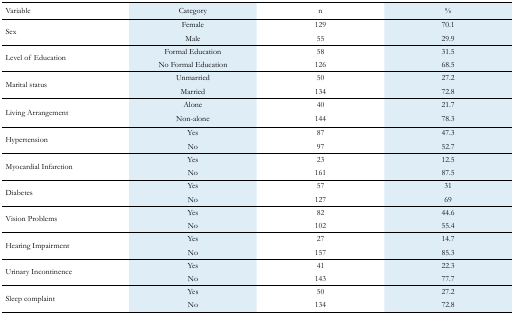
<table><thead><tr><td><b>Variable</b></td><td><b>Category</b></td><td><b>n</b></td><td><b>%</b></td></tr></thead><tbody><tr><td rowspan="2">Sex</td><td>Female</td><td>129</td><td>70.1</td></tr><tr><td>Male</td><td>55</td><td>29.9</td></tr><tr><td rowspan="2">Level of Education</td><td>FormalEducation</td><td>58</td><td>31.5</td></tr><tr><td>No FormalEducation</td><td>126</td><td>68.5</td></tr><tr><td rowspan="2">Marital status</td><td>Unmarried</td><td>50</td><td>27.2</td></tr><tr><td>Married</td><td>134</td><td>72.8</td></tr><tr><td rowspan="2">Living Arrangement</td><td>Alone</td><td>40</td><td>21.7</td></tr><tr><td>Non-alone</td><td>144</td><td>78.3</td></tr><tr><td rowspan="2">Hypertension</td><td>Yes</td><td>87</td><td>47.3</td></tr><tr><td>No</td><td>97</td><td>52.7</td></tr><tr><td rowspan="2">Myocardial Infarction</td><td>Yes</td><td>23</td><td>12.5</td></tr><tr><td>No</td><td>161</td><td>87.5</td></tr><tr><td rowspan="2">Diabetes</td><td>Yes</td><td>57</td><td>31</td></tr><tr><td>No</td><td>127</td><td>69</td></tr><tr><td rowspan="2">Vision Problems</td><td>Yes</td><td>82</td><td>44.6</td></tr><tr><td>No</td><td>102</td><td>55.4</td></tr><tr><td rowspan="2">Hearing Impairment</td><td>Yes</td><td>27</td><td>14.7</td></tr><tr><td>No</td><td>157</td><td>85.3</td></tr><tr><td rowspan="2">Urinary Incontinence</td><td>Yes</td><td>41</td><td>22.3</td></tr><tr><td>No</td><td>143</td><td>77.7</td></tr><tr><td rowspan="2">Sleep complaint</td><td>Yes</td><td>50</td><td>27.2</td></tr><tr><td>No</td><td>134</td><td>72.8</td></tr></tbody></table>